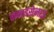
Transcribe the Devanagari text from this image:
गेनाईसेनाऊ